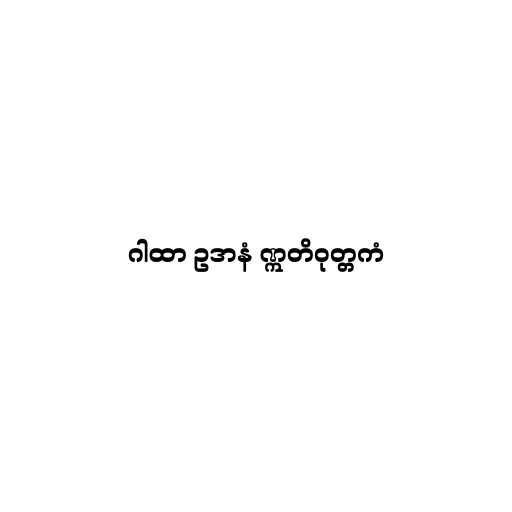
ဂါထာ ဥဒာနံ ဣတိဝုတ္တကံ